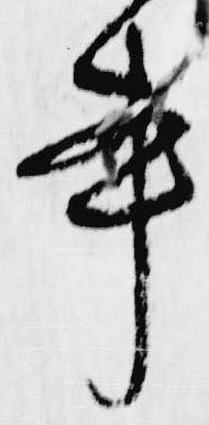
書